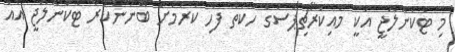
މި ޓެކްނޮލޮޖީ އަކީ މައިކްރޯޗިޕްސްގެ ހަކަތަ ފަހި ކުރުމަށް ބޭނުންކުރާ ޓެކްނޮލޮޖީ އެއް